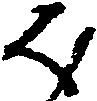
ほ